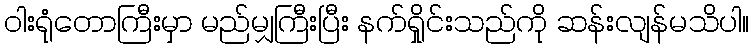
ဝါးရုံတောကြီးမှာ မည်မျှကြီးပြီး နက်ရှိုင်းသည်ကို ဆန်းလျန်မသိပါ။